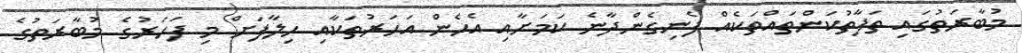
މުބާރަތުގައި ތަފާތުކަންތައްތަކެއް ފެނިގެންދާނެ ކަމަށާއި އެހެން އަހަރުތަކާއި ހިލާފަށް މި ފަހަރުގެ މުބާރަތުގެ